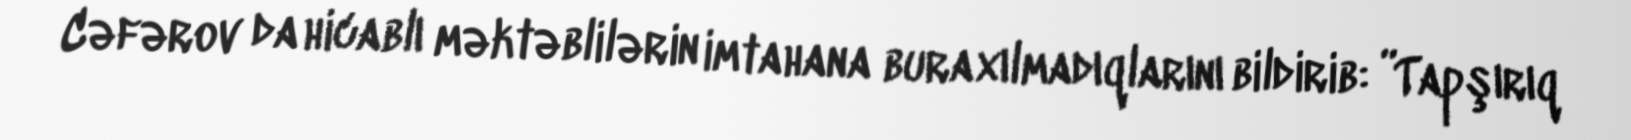
Cəfərov da hicablı məktəblilərin imtahana buraxılmadıqlarını bildirib: ”Tapşırıq